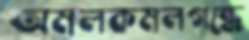
অমলকমলগন্ধে